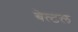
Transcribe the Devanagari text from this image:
बेत्टल